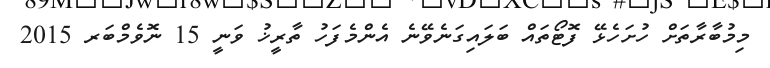
މިމުބާރާތަށް ހުށަހެޅޭ ފޮޓޯތައް ބަލައިގަނެވޭނެ އެންމެފަހު ތާރީޚު ވަނީ 15 ނޮވެމްބަރ 2015